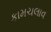
કામચલાવ